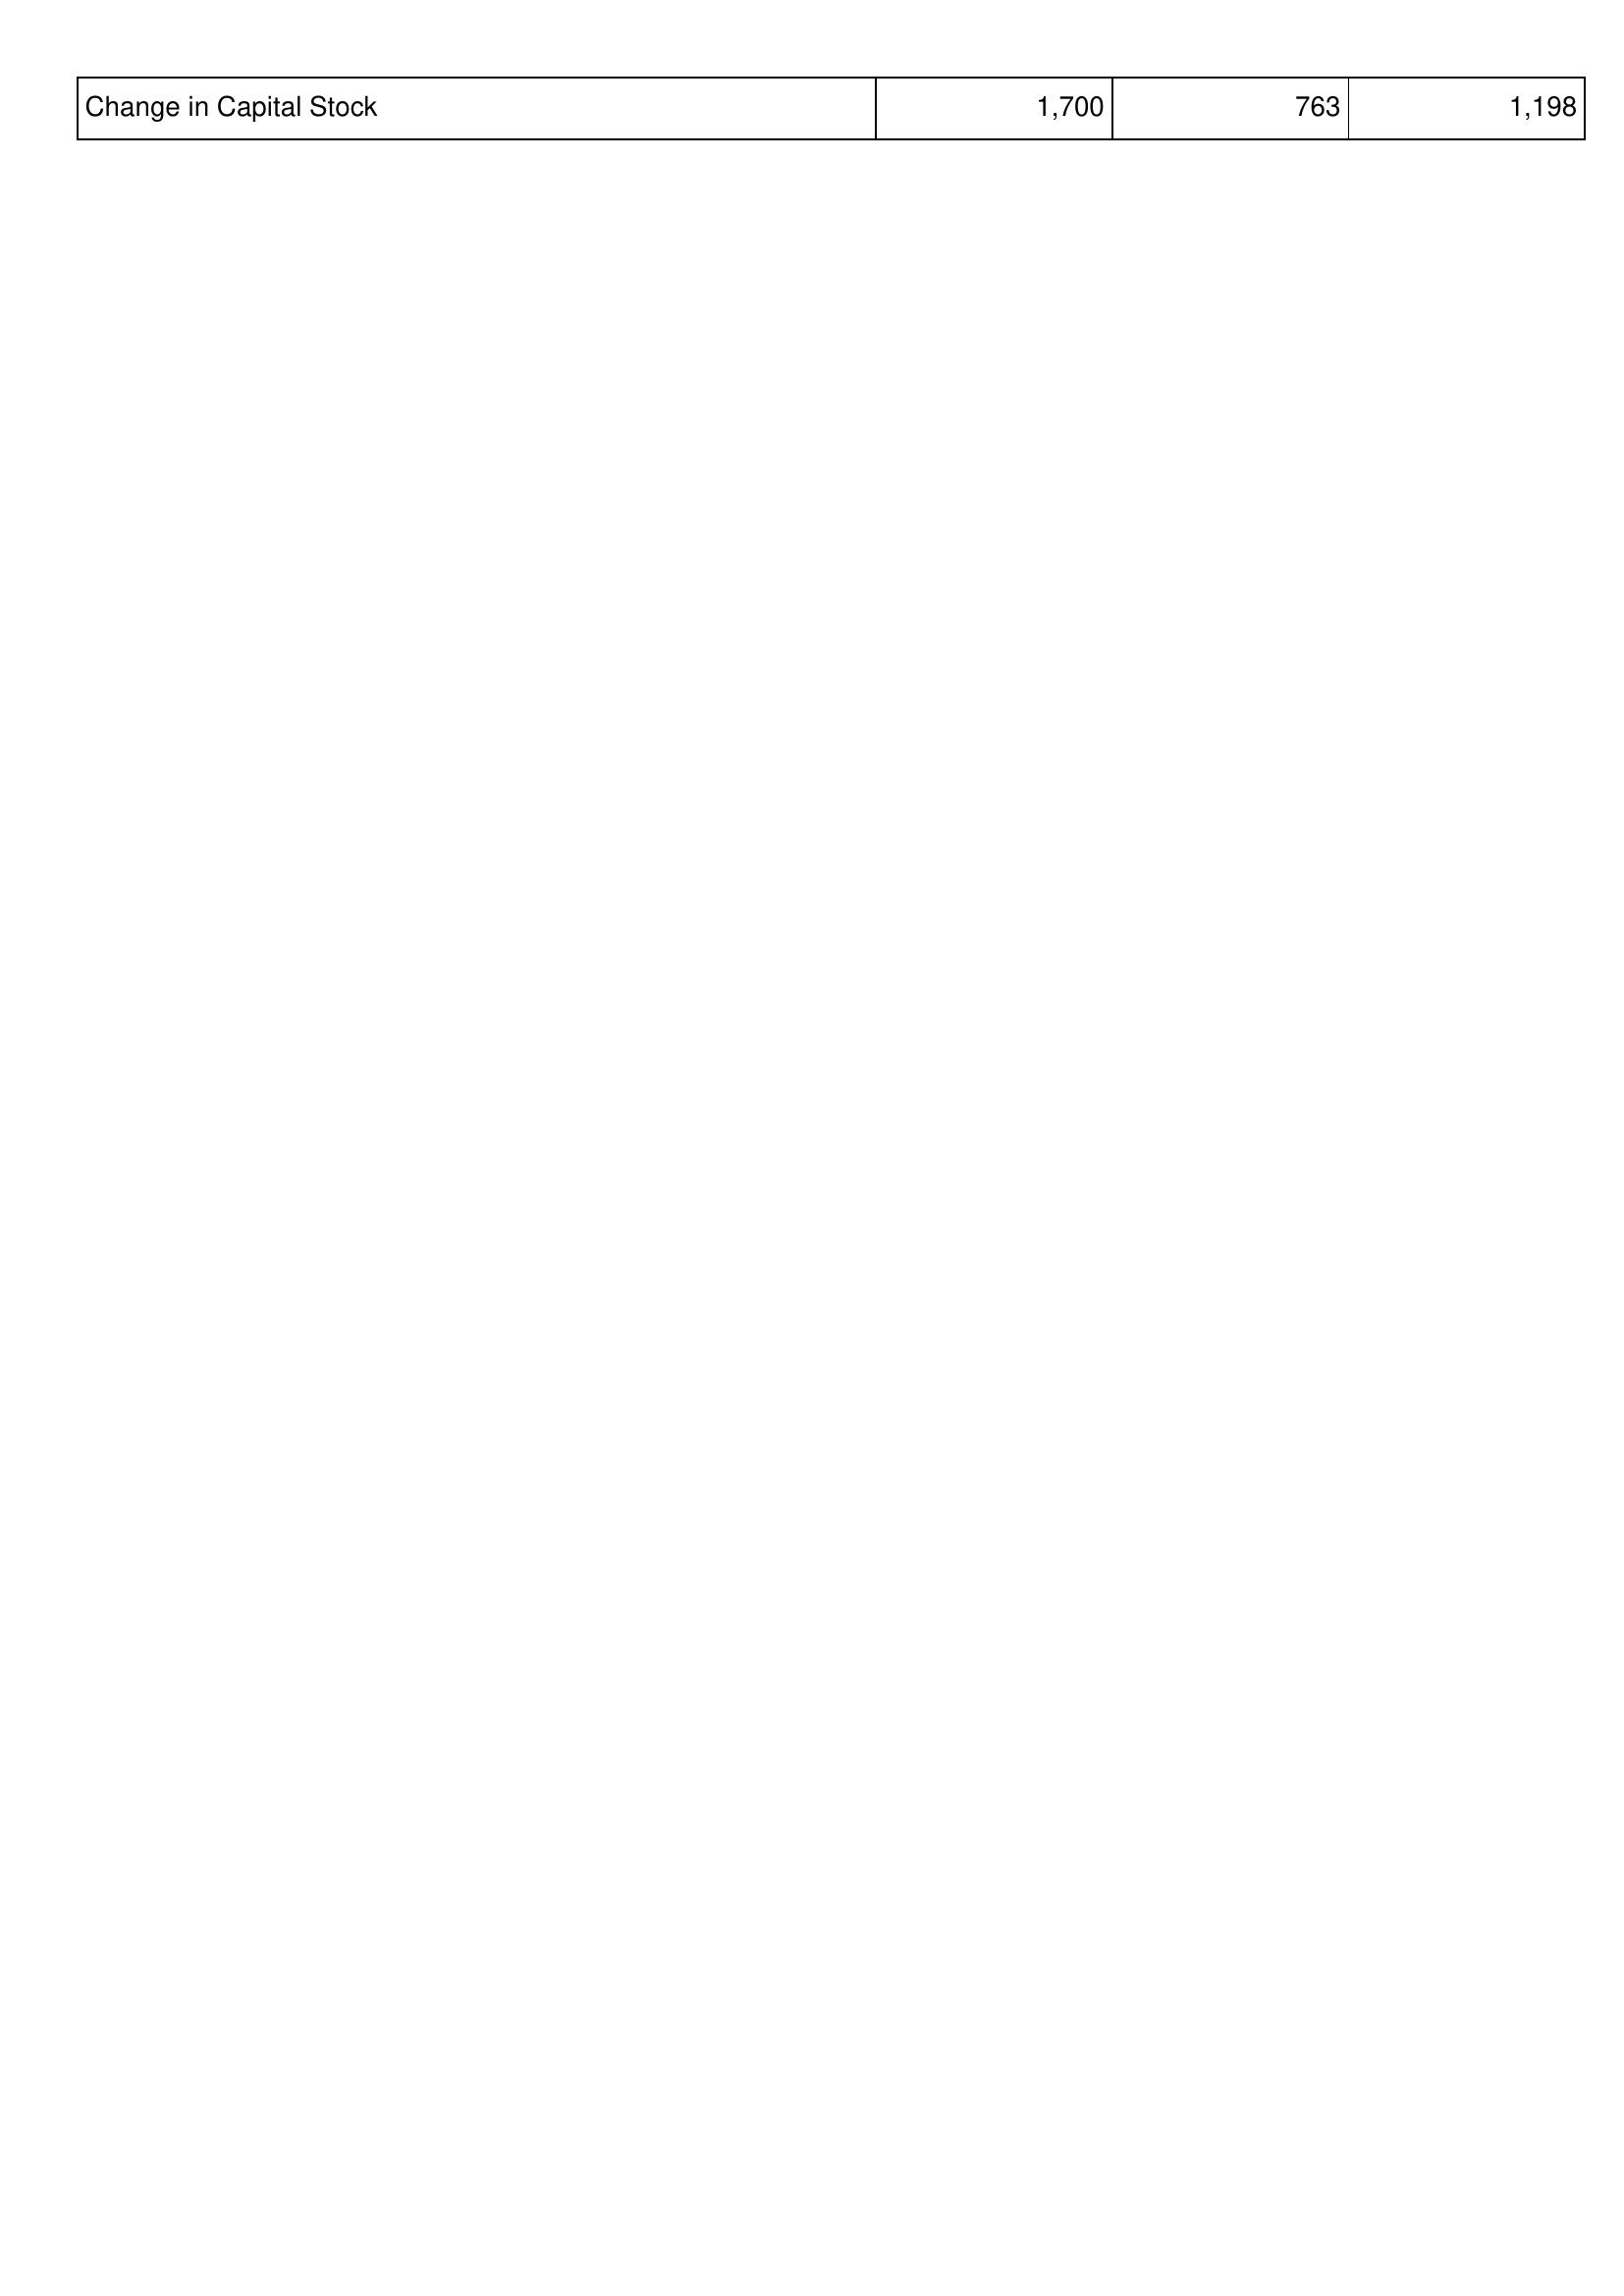
2006: Financing Activities: Change in Capital Stock: 1,700
2007: Financing Activities: Change in Capital Stock: 763
2008: Financing Activities: Change in Capital Stock: 1,198